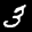
Label: 3